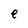
Character: e